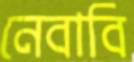
নেবাবি